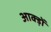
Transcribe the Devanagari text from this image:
आक्ड़ों